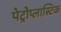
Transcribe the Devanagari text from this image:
पेट्रोप्लास्टिक